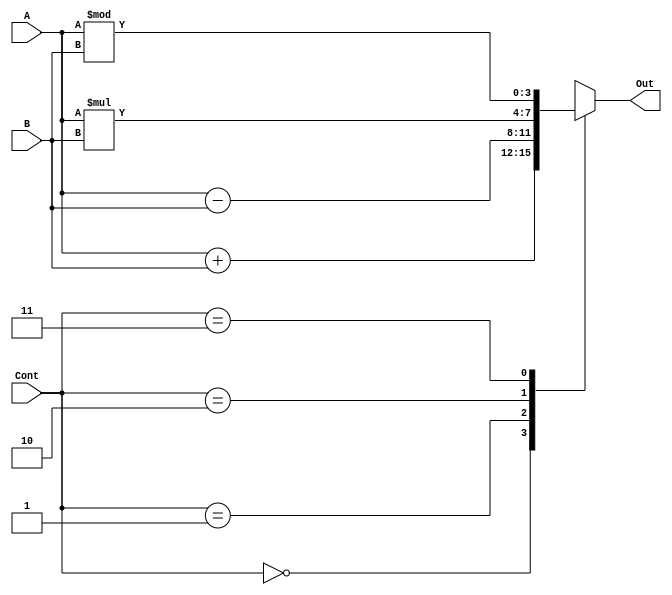
`timescale 1ns/1ps

module ALU_2bit(Out,A,B,Cont);
	
	output reg [3:0]Out;
	input [3:0]A,B;
	input [1:0]Cont;

always@(A,B,Cont)
begin
	case (Cont)
	2'b00: Out = A+B;
	2'b01: Out = A-B;
	2'b10: Out = A*B;
	2'b11: Out = A%B; 
	endcase


end

endmodule

module ALU_2bit_tb();
	wire [3:0]Out;
	reg [3:0]A,B;
	reg [1:0]Cont;

ALU_2bit alu0(Out,A,B,Cont);

initial 
begin
	A = 4'd12;
	B = 4'd15;
	Cont = 2'b01;
	Cont = #10 2'b11;
	Cont = #20 2'b00;
	

end
endmodule